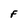
Character: F